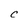
Character: C